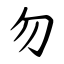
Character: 勿